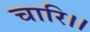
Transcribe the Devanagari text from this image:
चारि।।